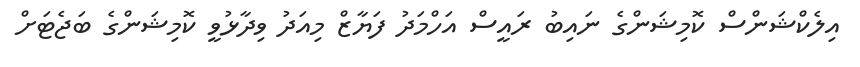
އިލެކްޝަންސް ކޮމިޝަންގެ ނައިބު ރައީސް އަހްމަދު ފަޔާޒް މިއަދު ވިދާޅުވީ ކޮމިޝަންގެ ބަޖެޓަށް